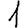
Digit: 1